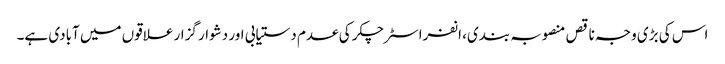
اس کی بڑی وجہ ناقص منصوبہ بندی، انفراسٹرچکر کی عدم دستیابی اور دشوار گزار علاقوں میں آبادی ہے۔